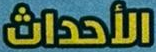
الأحداث